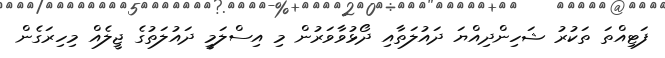
ފަޓިއްތަ ތަކުރު ޝަހިންދިއްޔަ ދައުލަތާއި ދޯޅުވާވަރުން މި އިސްލަމީ ދައުލަތުގެ ޖީލެއް މިހިރަގެން